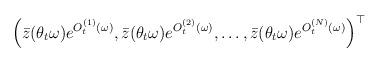
LaTeX: \begin{align*}\Big(\bar{z}(\theta_t\omega)e^{O_t^{(1)}(\omega)},\bar{z}(\theta_t\omega)e^{O_t^{(2)}(\omega)},\dots,\bar{z}(\theta_t\omega)e^{O_t^{(N)}(\omega)}\Big)^{\top}\end{align*}